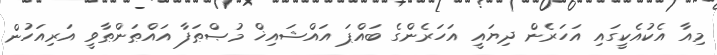
މިއާ އެކުއެކީގައި އަހަރެން ދިޔައީ އަހަރެންގެ ބައްޕަ އައްޝައިޚް މުޞްޠަފާ އައްޠަންޠާވީ އަރިއަހުން